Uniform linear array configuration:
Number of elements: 24
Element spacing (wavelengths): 0.5
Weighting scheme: kaiser
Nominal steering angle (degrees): -15
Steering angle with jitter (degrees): -15.294
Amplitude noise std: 0.05
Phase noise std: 0.05

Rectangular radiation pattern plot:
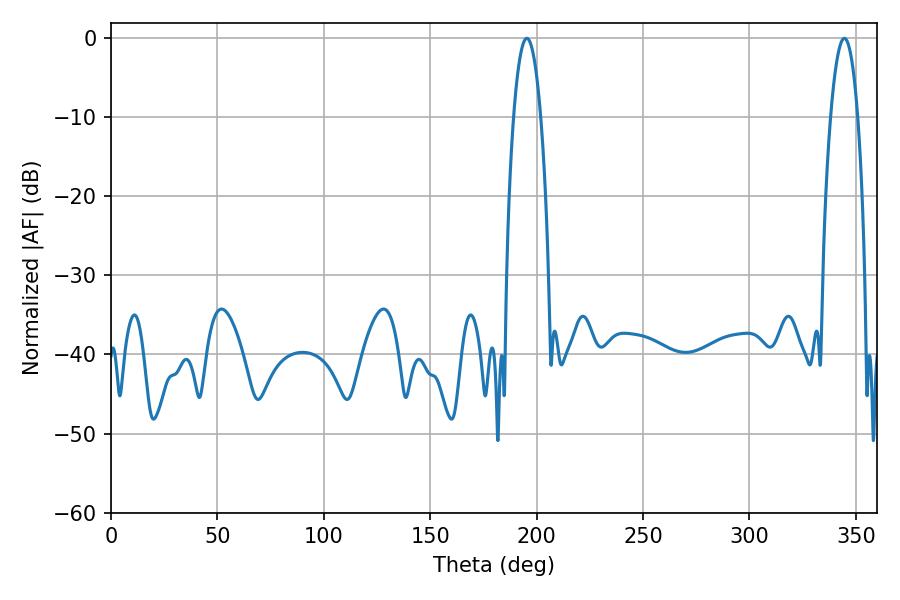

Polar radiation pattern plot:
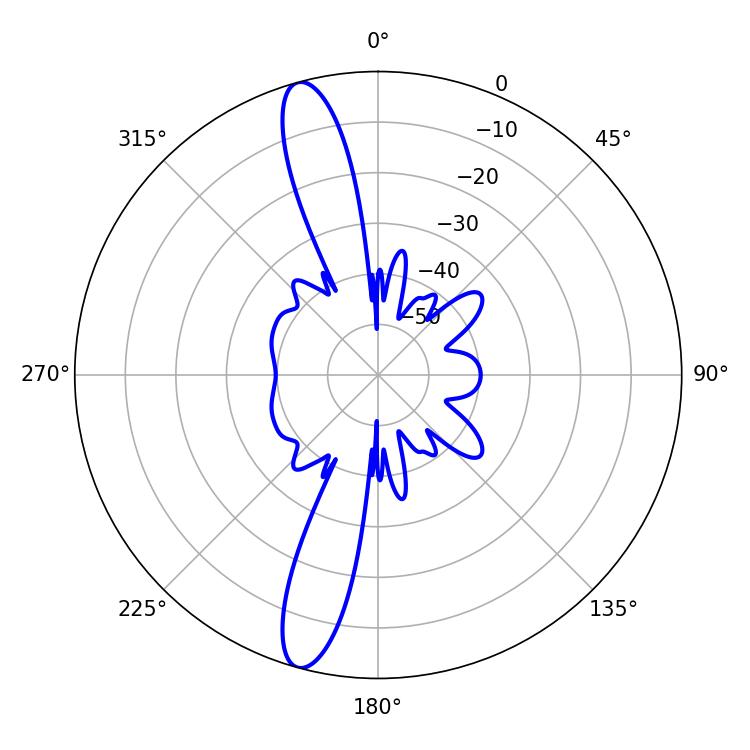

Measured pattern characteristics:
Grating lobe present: FALSE
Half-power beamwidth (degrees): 7.02
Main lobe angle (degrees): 195.48